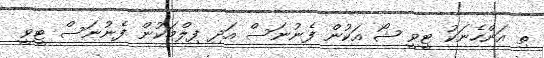
ތި އަންހެނަކު ޓީވީ ޝޯ އަކުން ފެނުނަސް އަދި ފިލްމަކުން ފެނުނަސް ޓީވީ